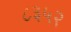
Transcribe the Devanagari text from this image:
८३५२